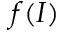
f ( I )